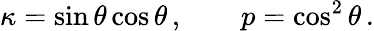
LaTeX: \kappa=\sin\theta\cos\theta\, ,\qquad p=\cos^{2}\theta\, .